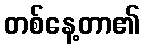
တစ်နေ့တာ၏